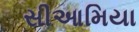
સીઆમિયા